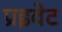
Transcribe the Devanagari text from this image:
प्रइवेट